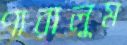
পারালুম